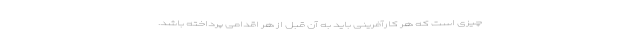
چیزی است که هر کارآفرینی باید به آن قبل از هر اقدامی پرداخته باشد.